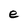
Character: e